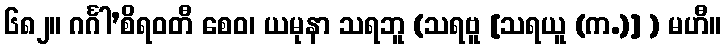
၆၈၂။ ဂင်္ဂါ’စိရဝတီ စေဝ၊ ယမုနာ သရဘူ (သရဗူ [သရယူ (က.)] ) မဟီ။